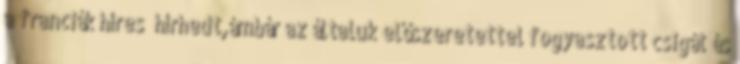
a franciák híres hírhedt,ámbár az általuk előszeretettel fogyasztott csigát és